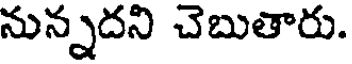
నున్నదని చెబుతారు.